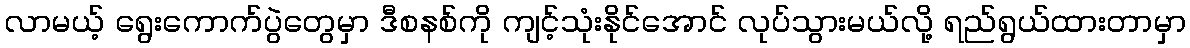
လာမယ့် ရွေးကောက်ပွဲတွေမှာ ဒီစနစ်ကို ကျင့်သုံးနိုင်အောင် လုပ်သွားမယ်လို့ ရည်ရွယ်ထားတာမှာ